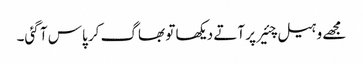
مجھے وہیل چئیر پر آتے دیکھا تو بھاگ کر پاس آ گئی۔